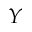
Y